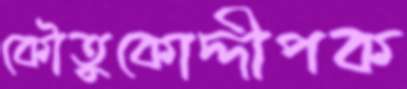
কৌতুকোদ্দীপক